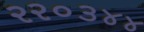
રર૦૩૪૪